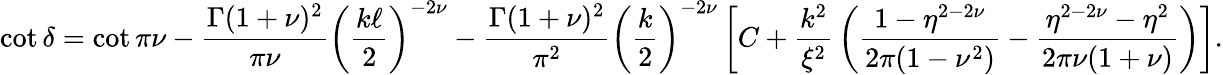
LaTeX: \cot\delta=\cot\pi\nu-{\frac{\Gamma(1+\nu)^{2}}{\pi\nu}}\left({\frac{k\ell}{2}}\right)^{-2\nu}-{\frac{\Gamma(1+\nu)^{2}}{\pi^{2}}}\left({\frac{k}{2}}\right)^{-2\nu}\left[{C}+{\frac{k^{2}}{\xi^{2}}}\left({\frac{1-\eta^{2-2\nu}}{2\pi(1-\nu^{2})}}-{\frac{\eta^{2-2\nu}-\eta^{2}}{2\pi\nu(1+\nu)}}\right)\right].